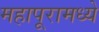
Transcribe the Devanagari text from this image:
महापूरामध्ये